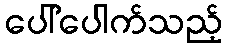
ပေါ်ပေါက်သည့်